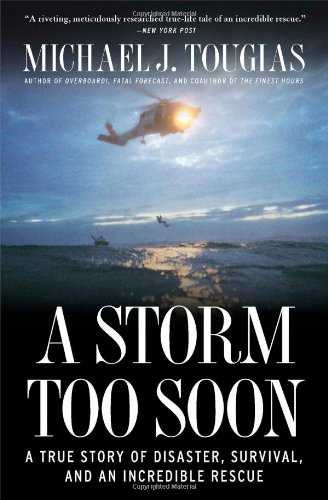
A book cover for A Storm Too Soon: A True Story of Disaster, Survival and an Incredible Rescue; Michael J. Tougias; Science & Math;